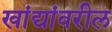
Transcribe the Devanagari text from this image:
खांद्यांवरील